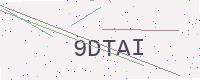
Text: 9DTAI